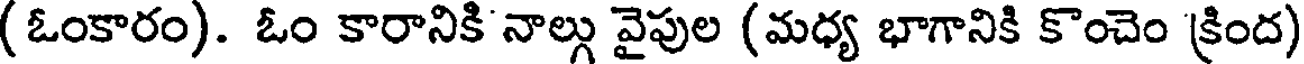
( ఓంకారం). ఓం కారానికి నాల్గు వైపుల (మధ్య భాగానికి కొంచెం 'క్రింద)